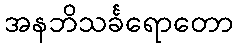
အနဘိသင်္ခရောတော